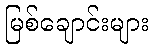
မြစ်ချောင်းများ